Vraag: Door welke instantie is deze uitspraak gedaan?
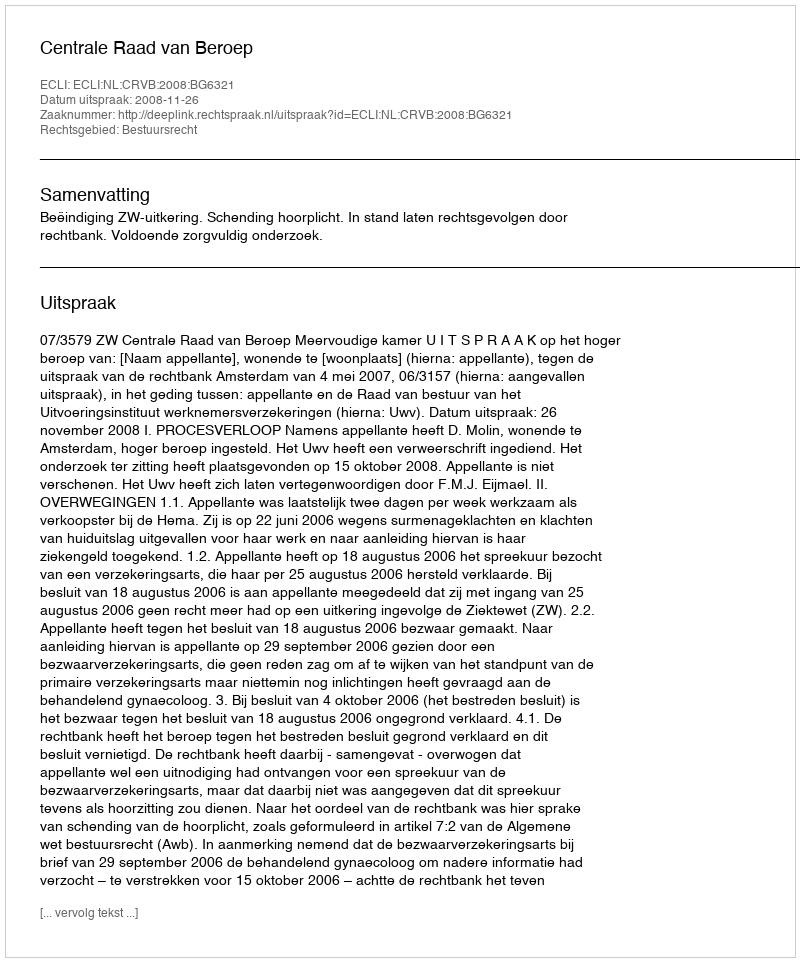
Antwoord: Centrale Raad van Beroep